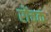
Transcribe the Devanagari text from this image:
रोंचक